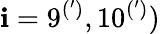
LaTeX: \mathbf{i}=9^{(^{\prime})},10^{(^{\prime})})